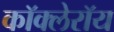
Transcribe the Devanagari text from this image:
कॉक्लेरॉय